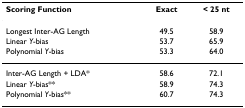
| Scoring Function | Exact | < 25 nt |
 | --- | --- | --- |
 | Longest Inter-AG Length | 49.5 | 58.9 |
 | Linear Y-bias | 53.7 | 65.9 |
 | Polynomial Y-bias | 53.3 | 64.0 |
 | Inter-AG Length + LDA* | 58.6 | 72.1 |
 | Linear Y-bias** | 58.9 | 74.3 |
 | Polynomial Y-bias** | 60.7 | 74.3 |